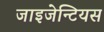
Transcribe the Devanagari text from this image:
जाइजेन्टियस